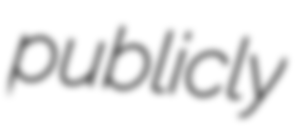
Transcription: publicly